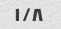
۱/۸